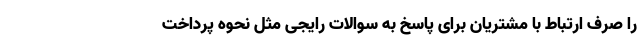
را صرف ارتباط با مشتریان برای پاسخ به سوالات رایجی مثل نحوه پرداخت